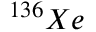
^ { 1 3 6 } X e